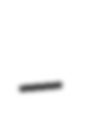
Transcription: –